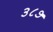
૩૮૭